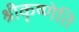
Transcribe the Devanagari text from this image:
श्रीकृष्णेति